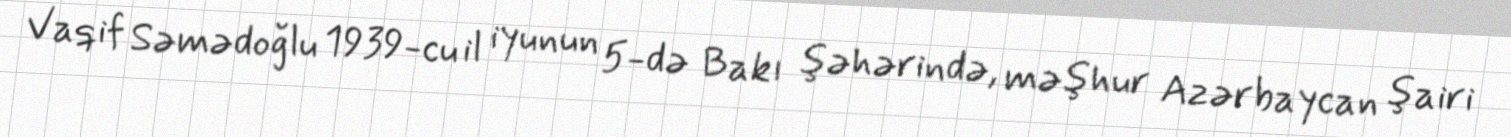
Vaqif Səmədoğlu 1939-cu il iyunun 5-də Bakı şəhərində, məşhur Azərbaycan şairi